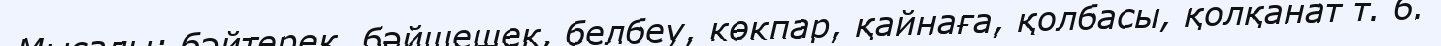
Мысалы: бәйтерек, бәйшешек, белбеу, көкпар, қайнаға, қолбасы, қолқанат т. б.